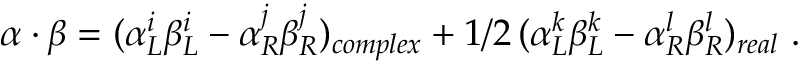
\alpha \cdot \beta = ( \alpha _ { L } ^ { i } \beta _ { L } ^ { i } - \alpha _ { R } ^ { j } \beta _ { R } ^ { j } ) _ { c o m p l e x } + 1 / 2 \, ( \alpha _ { L } ^ { k } \beta _ { L } ^ { k } - \alpha _ { R } ^ { l } \beta _ { R } ^ { l } ) _ { r e a l } \ .